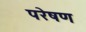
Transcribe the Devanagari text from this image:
परेषण